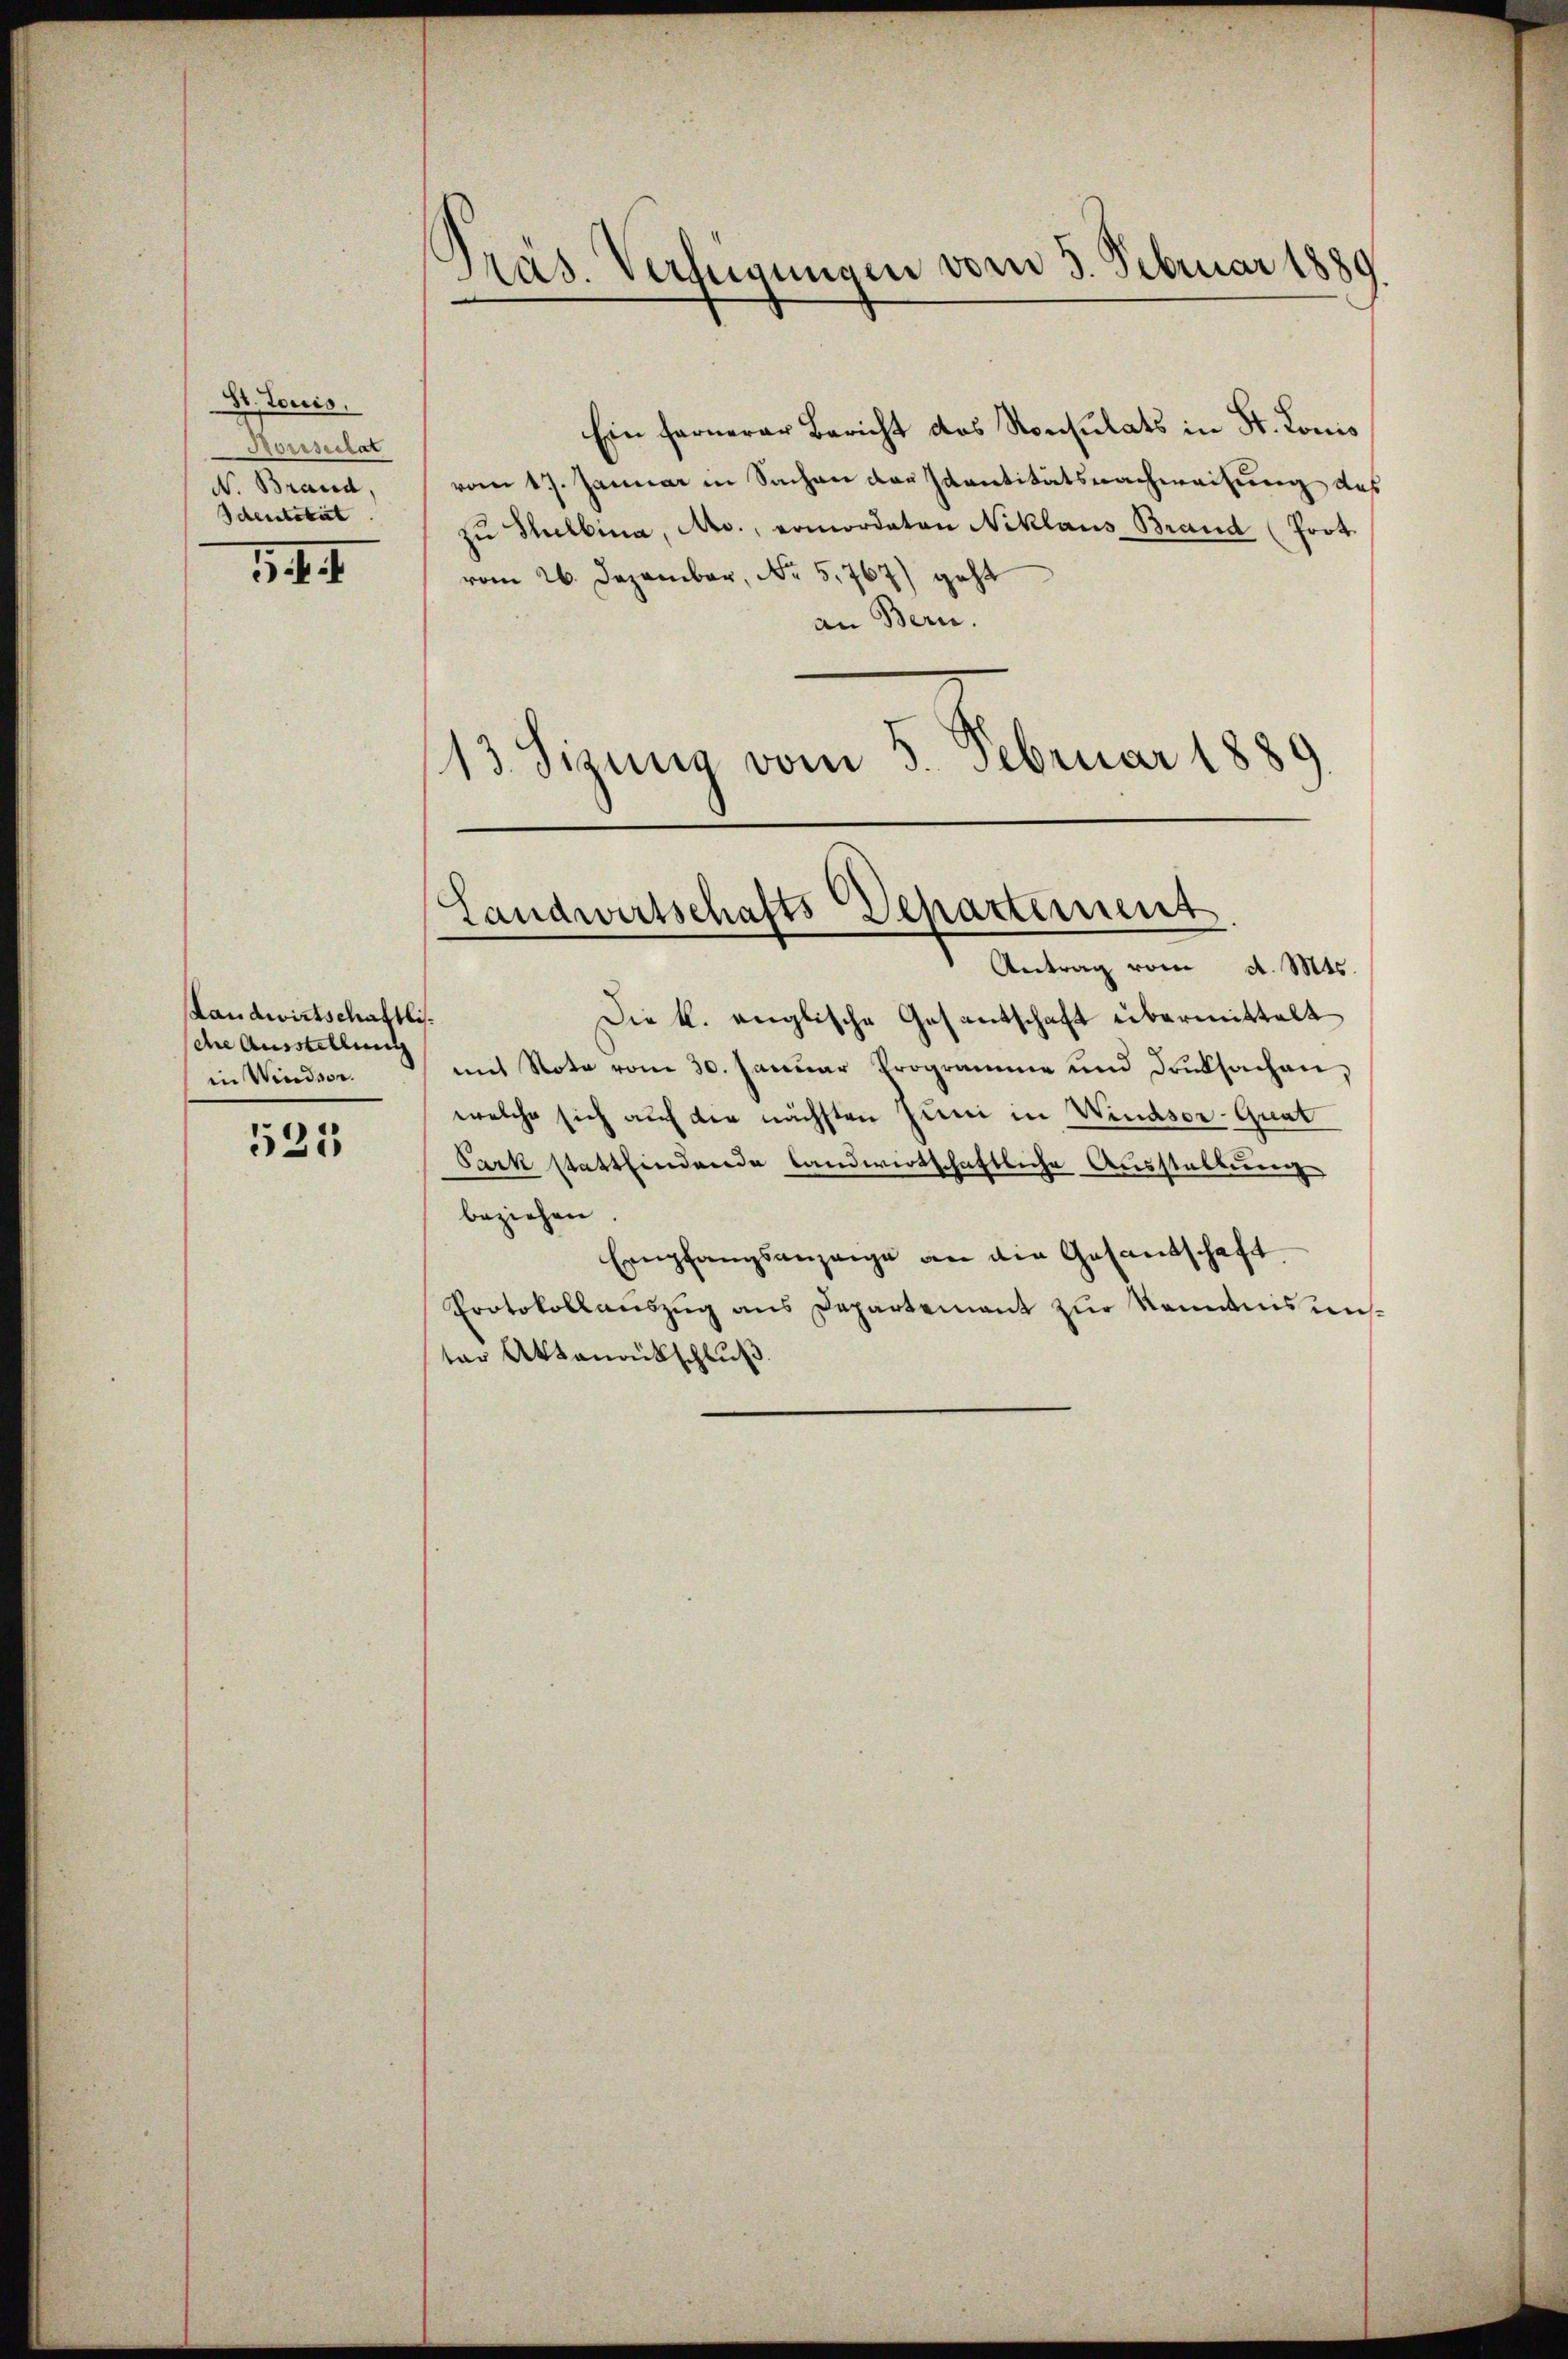
Dr. Louis.
Sorescitat
N. Brand.
Identität

144.

Landwirtschaftli
dhe Ausstellung
in Windsor.

525

Pras. Verlegungen vom 5. Februar 1889

Ein fernerer Bericht das Konsulats in St. Konis
vom 17. Januar in Sache der Santitätsachereitung, das
zŭ Selbina, Ao., ermordeten Niklaus Brand (Prot.
vom 26. Dezember, No 5,767) geht
an Bern.
13. Sigung vom 5. Februar 1880

Landwirtschafts Departement
—

Antrag vom d. Mts.
Die k. englische Gesantschaft übermittelt
1
mit Note vom 30. Januar Programme und Druksachen,
welche sich auf der nächsten Juni in Windsor-Quat
Sark stattfindende Landwirtschaftliche Ausstaltung
beziehen.
Empfangsanzeige an die Gesandschaft.
Protokollauszug aus Departement zur Kenntnis auster Aktenrütschluß.